King Institute of Preventive Medicine Micro-Biological Section reports 1912-19
Year: 1912
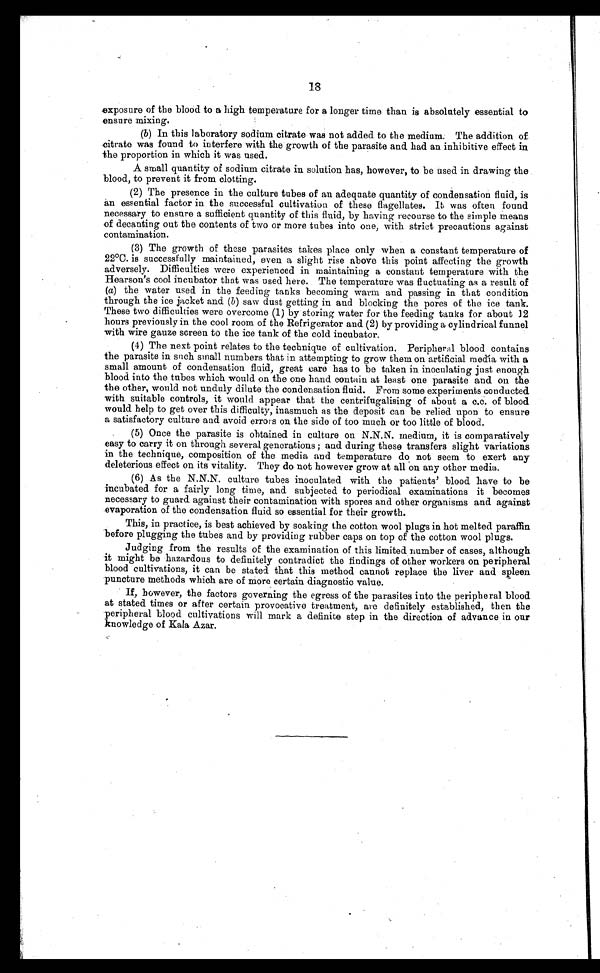
18
exposure of the blood to a high temperature for a longer time than is absolutely essential to
ensure mixing.
(b) In this laboratory sodium citrate was not added to the medium. The addition of
citrate was found to interfere with the growth of the parasite and had an inhibitive effect in
the proportion in which it was used.
A small quantity of sodium citrate in solution has, however, to be used in drawing the
blood, to prevent it from clotting.
(2) The presence in the culture tubes of an adequate quantity of condensation fluid, is
an essential factor in the successful cultivation of these flagellates. It was often found
necessary to ensure a sufficient quantity of this fluid, by having recourse to the simple means
of decanting out the contents of two or more tubes into one, with strict precautions against
contamination.
(3) The growth of these parasites takes place only when a constant temperature of
22°C. is successfully maintained, even a slight rise above this point affecting the growth
adversely. Difficulties were experienced in maintaining a constant temperature with the
Hearson's cool incubator that was used here. The temperature was fluctuating as a result of
(a) the water used in the feeding tanks becoming warm and passing in that condition
through the ice jacket and (b) saw dust getting in and blocking the pores of the ice tank.
These two difficulties were overcome (1) by storing water for the feeding tanks for about 1 2
hours previously in the cool room of the Refrigerator and (2) by providing a cylindrical funnel
with wire gauze screen to the ice tank of the cold incubator.
(4) The next point relates to the technique of cultivation. Peripheral blood contains
the parasite in such small numbers that in attempting to grow them on artificial media with a
small amount of condensation fluid, great care has to be taken in inoculating just enough
blood into the tubes which would on the one hand contain at least one parasite and on the
the other would not unduly dilute the condensation fluid. From some experiments conducted
with suitable controls, it would appear that the centrifugalising of about a c.c. of blood
would help to get over this difficulty, inasmuch as the deposit can be relied upon to ensure
a satisfactory culture and avoid errors on the side of too much or too little of blood.
(5) Once the parasite is obtained in culture on N.N.N. medium, it is comparatively
easy to carry it on through several generations ; and during these transfers slight variations
in the technique, composition of the media and temperature do not seem to exert any
deleterious effect on its vitality. They do not however grow at all on any other media.
(6) As the N.N.N. culture tubes inoculated with the patients' blood have to be
incubated for a fairly long time, and subjected to periodical examinations it becomes
necessary to guard against their contamination with spores and other organisms and against
evaporation of the condensation fluid so essential for their growth.
This, in practice, is best achieved by soaking the cotton wool plugs in hot melted paraffin
before plugging the tubes and by providing rubber caps on top of the cotton wool plugs.
Judging from the results of the examination of this limited number of cases, although
it might be hazardous to definitely contradict the findings of other workers on peripheral
blood cultivations, it can be stated that this method cannot replace the liver and spleen
puncture methods which are of more certain diagnostic value.
If, however, the factors governing the egress of the parasites into the peripheral blood
at stated times or after certain provocative treatment, are definitely established, then the
peripheral blood cultivations will mark a definite step in the direction of advance in our
knowledge of Kala Azar.